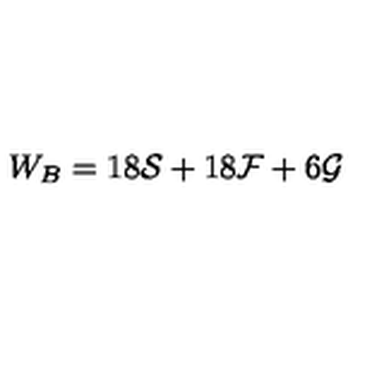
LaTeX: W _ { B } = 1 8 { \cal { S } } + 1 8 { \cal { F } } + 6 { \cal { G } }